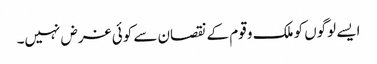
ایسے لوگوں کو ملک و قوم کے نقصان سے کوئی غرض نہیں۔